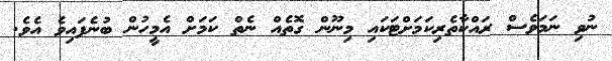
ނުވި ނަމަވެސް ރައްކާތެރިކަމަށްޓަކައި މިނޫން ގޮތެއް ނެތް ކަމަށް އެމީހުން ބުނެފައިވެ އެވެ.